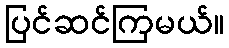
ပြင်ဆင်ကြမယ်။